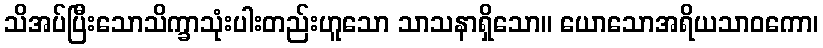
သိအပ်ပြီးသောသိက္ခာသုံးပါးတည်းဟူသော သာသနာရှိသော။ ယောသောအရိယသာဝကော၊